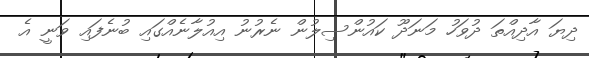
ދިޔަ އާދިއްތަ ދުވަހު މަނަދޫ ކައުންސިލުން ނެރުނު އިއުލާނެއްގައި ބުނެފައި ވަނީ އެ